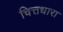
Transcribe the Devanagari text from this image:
चित्तधारा